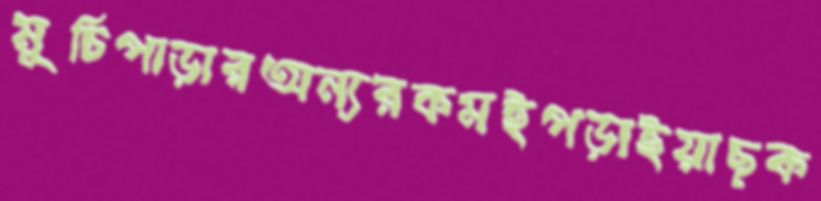
মুচিপাড়ারঅন্যরকমইপড়াইয়াছক